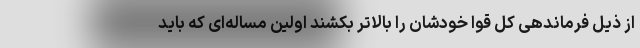
از ذیل فرماندهی کل قوا خودشان را بالاتر بکشند اولین مساله‌ای که باید